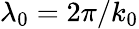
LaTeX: \lambda_{0}=2\pi/k_{0}